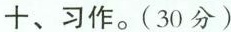
十、习作。(30分)